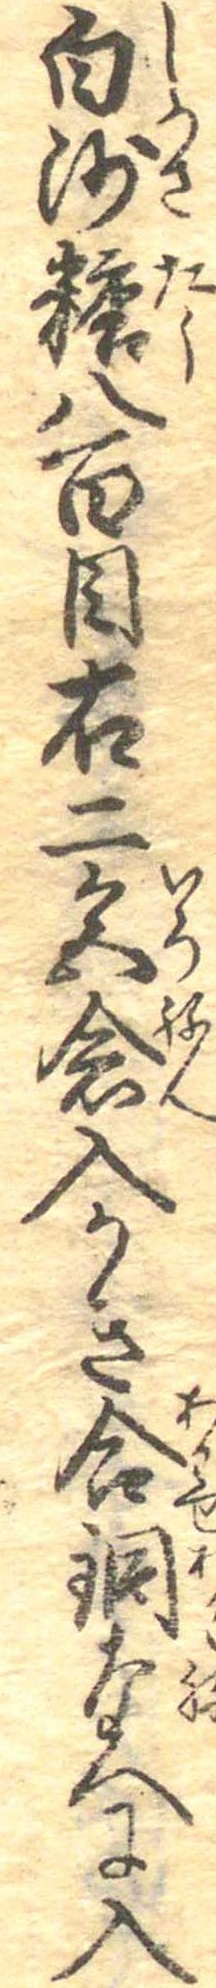
白沙糖八百目右二色念入かき合銅なへに入